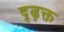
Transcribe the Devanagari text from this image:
दृढ़क्त